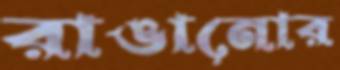
রাঙানোর